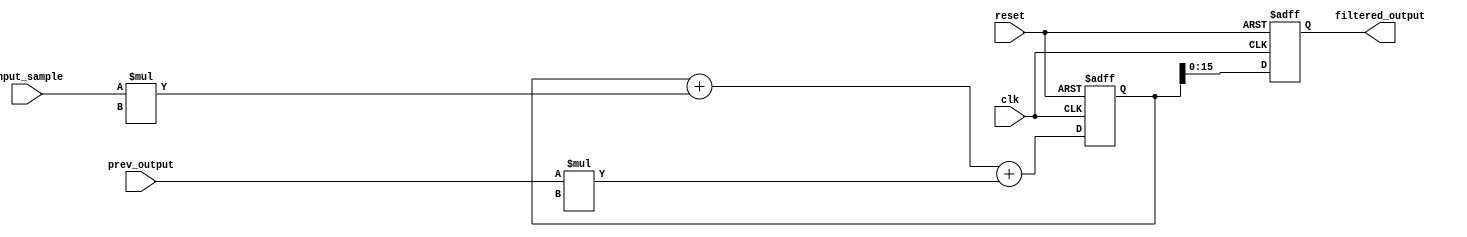
module iir_filter_accumulator(
    input clk,
    input reset,
    input signed [15:0] input_sample,
    input signed [15:0] prev_output,
    output reg signed [15:0] filtered_output
);

reg signed [31:0] accumulator;

always @(posedge clk or posedge reset) begin
    if (reset) begin
        accumulator <= 0;
        filtered_output <= 0;
    end else begin
        accumulator <= accumulator + (input_sample * coeff_input_sample) + (prev_output * coeff_prev_output);
        filtered_output <= accumulator[15:0];
    end
end

endmodule